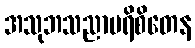
အသုဘသညာပရိစိတေန